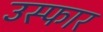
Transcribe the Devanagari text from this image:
उस्फार